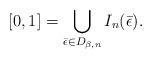
LaTeX: \begin{align*}[0,1]=\bigcup_{\bar{\epsilon}\in D_{\beta,n}}I_n(\bar{\epsilon}).\end{align*}